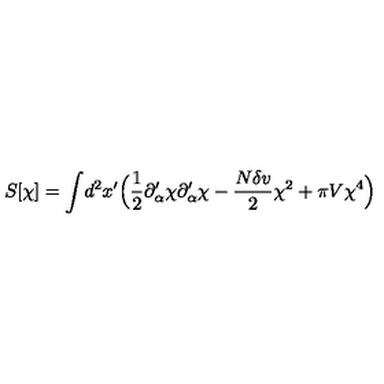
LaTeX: S [ \chi ] = \int \! d ^ { 2 } x ^ { \prime } \Bigl ( { \frac { 1 } { 2 } } \partial _ { \alpha } ^ { \prime } \chi \partial _ { \alpha } ^ { \prime } \chi - { \frac { N \delta v } { 2 } } \chi ^ { 2 } + \pi V \chi ^ { 4 } \Bigr )